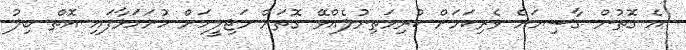
އެ ގޮތުން ގާސިމަށް ވެރިކަމަށް ކުރިމަތިނުލެއްވޭ ގޮތަށް މަޖިލީހަށް ހުށަހަޅާފައި އޮތް ބިލު